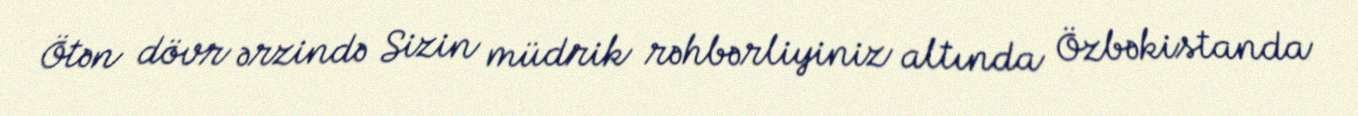
Ötən dövr ərzində Sizin müdrik rəhbərliyiniz altında Özbəkistanda